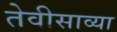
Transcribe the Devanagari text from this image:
तेवीसाव्‍या